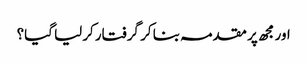
اور مجھ پر مقدمہ بنا کر گرفتار کرلیا گیا؟